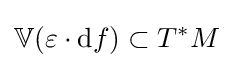
\mathbb {V} (\varepsilon \cdot \mathrm {d} f)\subset T^{*}M